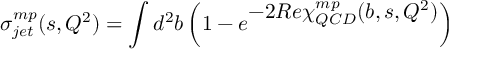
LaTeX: \sigma _ { j e t } ^ { m p } ( s , Q ^ { 2 } ) = \int d ^ { 2 } b \left( 1 - e ^ { \textstyle - 2 R e \chi _ { Q C D } ^ { m p } ( b , s , Q ^ { 2 } ) } \right)